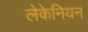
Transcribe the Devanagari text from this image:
लेकेनियन